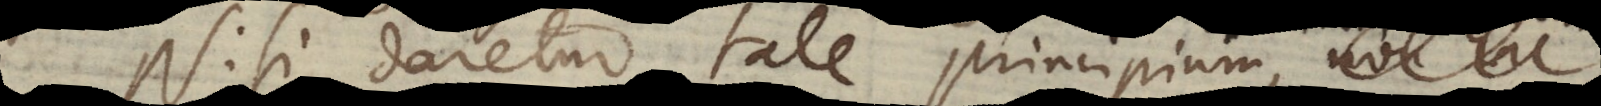
Nisi daretur tale principium, vicarium